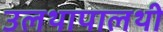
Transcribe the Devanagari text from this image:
उलथापालथी